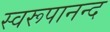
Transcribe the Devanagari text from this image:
स्वरूपानन्द